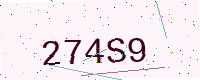
Text: 274S9